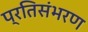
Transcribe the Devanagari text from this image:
प्रतिसंभरण